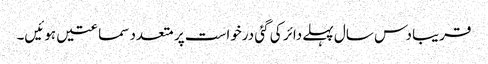
قریبا دس سال پہلے دائر کی گئی درخواست پر متعدد سماعتیں ہوئیں۔